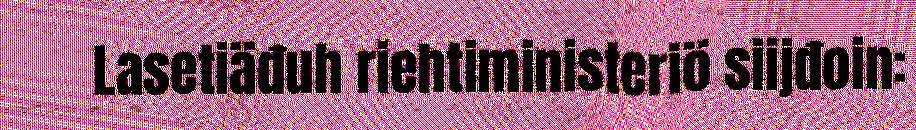
Lasetiäđuh riehtiministeriö siijđoin: